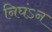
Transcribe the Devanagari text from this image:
निघंऽन